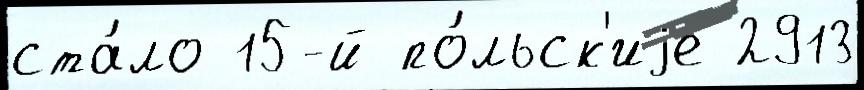
ста́ло 15-й по́льск'иjе 2913